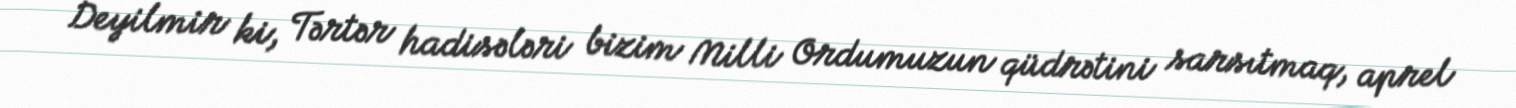
Deyilmir ki, Tərtər hadisələri bizim Milli Ordumuzun qüdrətini sarsıtmaq, aprel